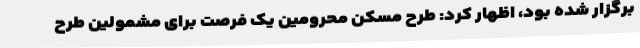
برگزار شده بود، اظهار کرد: طرح مسکن محرومین یک فرصت برای مشمولین طرح